Report of the Indian Hemp Drugs Commission, 1894-1895 - Volume V
Year: 1894
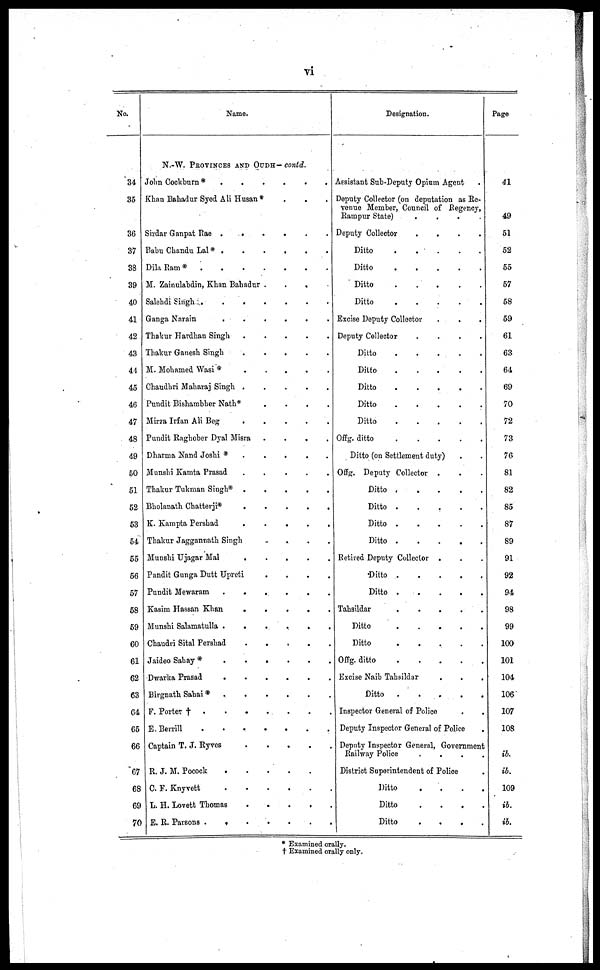
vi
No.
34
35
36
37
38
39
40
41
42
43
44
45
46
47
48
49
50
51
52
53
54
55
56
57
58
59
60
61
62
63
64
65
66
67
68
69
70
Name.
N.-W. PROVINCES AND OUDH- contd.
John Cockburn *.
.
.
.
.
.
Khan Bahadur Syed Ali Husan* . . .
Sirdar Ganpat Rae . . . . . .
Babu Chandu Lal* .
.
.
.
.
.
Dila Ram *
.
.
.
.
.
.
.
M. Zainulabdin, Khan Bahadur . . . .
Salehdi Singh
.
.
.
.
.
.
Ganga Narain
.
.
.
.
.
Thakur Hardhan Singh
.
.
.
.
.
.
Thakur Ganesh Singh . . . . . .
M. Mohamed Wasi *
.
.
.
.
.
.
Chaudhri Maharaj Singh .
.
.
.
.
Pundit Bishambher Nath*
.
.
.
.
Mirza Irfan Ali Beg
.
.
.
. .
Pundit Raghober Dyal Misra .
.
.
.
Dharma Nand Joshi * . . . . . .
Munshi Kamta Prasad
.
.
.
.
.
Thakur Tukman Singh*
.
.
.
.
.
Bholanath Chatterji*
.
.
.
.
.
.
K. Kampta Pershad
.
.
.
.
.
.
Thakur Jaggannath Singh . . . .
Munshi Ujagar
Mal
.
.
.
.
.
Pandit Gunga Dutt Upreti
.
.
.
.
Pundit Mewaram . . . . . .
Kasim Hassan Khan
.
.
.
.
.
.
Munshi Salamatulla . . . . . .
Chaudri Sital Pershad
.
.
.
.
.
.
Jaideo Sahay *
.
.
.
.
.
.
Dwarka Prasad
.
.
.
.
.
.
Birgnath Sahai*
.
.
.
.
.
.
F. Porter † . . . . . .
E. Berrill
.
.
.
.
.
.
Captain T. J.
Ryves
.
. .
.
.
.
R. J. M. Pocock
.
.
.
.
.
C. F. Knyvett
.
.
.
.
.
.
L. H. Lovett Thomas . . . . . .
E. R. Parsons . . . . . .
Designation.
Assistant Sub-Deputy Opium Agent
Deputy Collector (on deputation as Re-
venue Member, Council of Regency,
Rampur State)
.
.
.
.
Deputy Collector
.
.
.
.
Ditto . . . . . .
Ditto
.
.
.
.
.
.
Ditto . . . . . .
Ditto
.
.
.
.
.
Excise Deputy Collector
Deputy Collector
Ditto
.
.
.
.
.
.
Ditto
.
.
.
.
.
.
Ditto
.
.
.
.
.
.
Ditto
.
.
.
.
.
.
Ditto
.
.
.
.
.
.
Offg. ditto
.
.
.
.
.
.
Ditto (on Settlement duty)
Offg. Deputy Collector . . .
Ditto . . . . . .
Ditto . . . . . .
Ditto
.
.
.
.
.
.
Ditto
.
.
.
.
.
.
Retired Deputy Collector . . .
Ditto . .
.
.
.
.
Ditto . . . . .
Tahsildar . . . . .
Ditto
.
.
.
.
.
.
Ditto
.
.
. .
.
.
Offg. ditto
.
.
.
.
.
.
Excise Naib Tahsildar . . .
Ditto
.
.
.
. .
Inspector General of Police . .
Deputy Inspector General of Police .
Deputy Inspector General, Government
Railway Police
. . . .
District Superintendent of Police
Ditto
. . . .
Ditto
. . . .
Ditto
. . . .
Page
41
49
51
52
55
57
58
59
61
63
64
69
70
72
73
76
81
82
85
87
89
91
92
94
98
99
100
101
104
106
107
108
ib.
ib.
109
ib.
ib.
* Examined orally.
† Examined orally only.